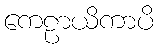
ကေဠာယိကာပိ